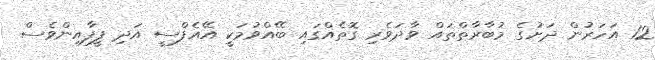
12 އަހަރުން ދަށުގެ މުބާރާތްތައް ވާދަވެރި ގޮތެއްގައި ބޭއްވުމަކީ އޭއެފްސީ އަދި ފީފާއިންވެސް